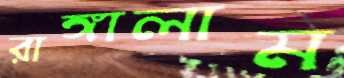
রাঙ্গালাম